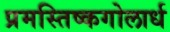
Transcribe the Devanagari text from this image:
प्रमस्तिष्कगोलार्ध